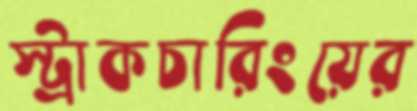
স্ট্রাকচারিংয়ের